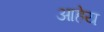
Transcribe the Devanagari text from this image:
आहेय